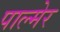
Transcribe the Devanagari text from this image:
पाल्मेर